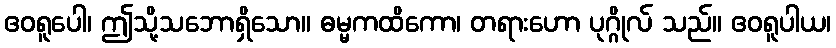
ဧဝရူပေါ၊ ဤသို့သဘောရှိသော။ ဓမ္မကထိကော၊ တရားဟော ပုဂ္ဂိုလ် သည်။ ဧဝရူပါယ၊